Civil Veterinary Department. Madras. Admin. report 1910-25 - 1910-1925
Year: 1910
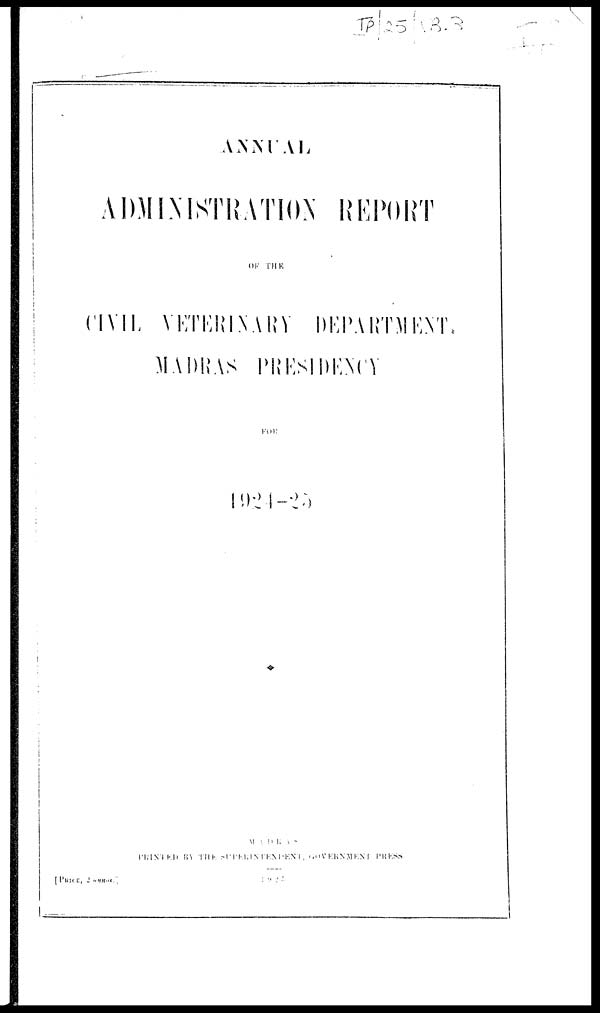
ANNUAL
ADMINISTRATION REPORT
OF
THE
CIVIL
VETERINARY
DEPARTMENT.
MADRAS PRESIDENCY
FOR
PRINTED
BY
THE
SUPEEINTMENT, GOVERNMENT PRESS
[
PRICE,
2
annus.
1925